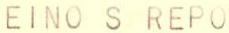
EINO S REPO